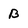
Character: B